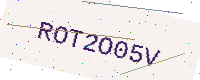
Text: ROT2O05V